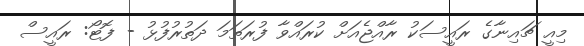
މިއީ ޗައިނާގެ ރައީސަކު ރާއްޖެއަށް ކުރައްވާ ފުރަތަމަ ދަތުރުފުޅު - ފޮޓޯ: ރައީސް